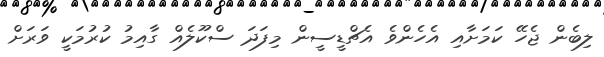
ލިބެން ޖެހޭ ކަމަށާއި އެހެންވެ އެޗްޑީސީން މިފަދަ ސްކޫލެއް ގާއިމު ކުރުމަކީ ވަރަށް